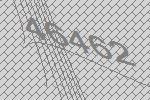
46462